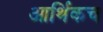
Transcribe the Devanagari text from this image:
आर्थिकच